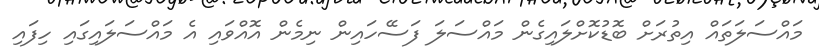
މައްސަލަތައް އިތުރަށް ބޮޑުކޮށްލައިގެން މައްސަލަ ފަސޭހައިން ނިމެން އޮއްވައި އެ މައްސަލައިގައި ހިފައި